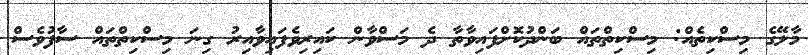
މާލޭގެ މިސްކިތެއް: މިސްކިތްތައް ބަންދުކޮށްފައިވާތާ ދެ މަސްވާން ކައިރިވެފައިވާއިރު ގިނަ މިސްކިތްތައް ސާފުވެސް